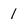
Character: 1